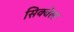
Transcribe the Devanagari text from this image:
सिक्वेला